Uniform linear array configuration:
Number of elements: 24
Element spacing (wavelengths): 0.75
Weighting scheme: exponential
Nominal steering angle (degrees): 15
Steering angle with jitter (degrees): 15.81
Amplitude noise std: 0.05
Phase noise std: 0.05

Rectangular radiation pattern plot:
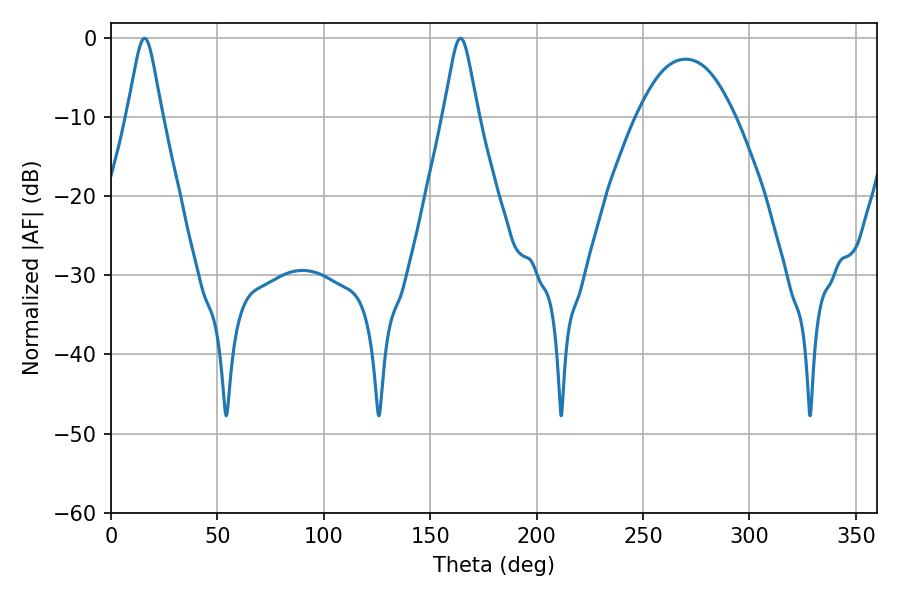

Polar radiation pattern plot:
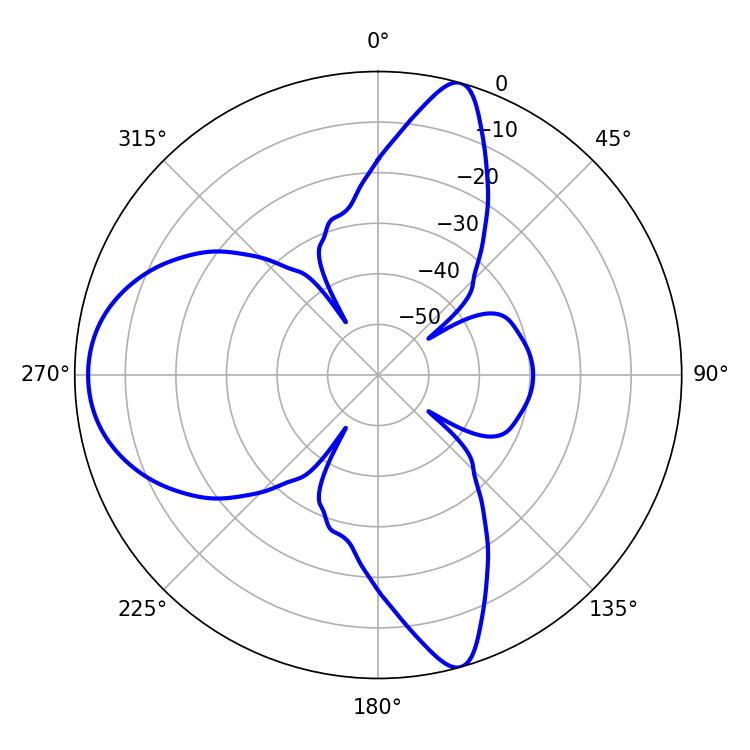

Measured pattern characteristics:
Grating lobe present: TRUE
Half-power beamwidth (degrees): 7.74
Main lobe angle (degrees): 164.16